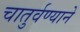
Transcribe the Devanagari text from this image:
चातुर्वण्याने